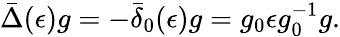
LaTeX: \bar{\Delta}(\epsilon)g=-\bar{\delta}_{0}(\epsilon)g=g_{0}\epsilon g_{0}^{-1}g.